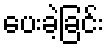
ပေးခဲ့ခြင်း